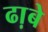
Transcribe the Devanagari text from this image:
ढा़बे